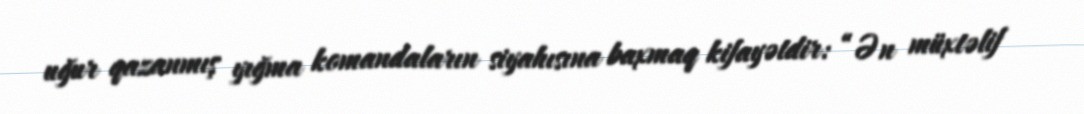
uğur qazanmış yığma komandaların siyahısına baxmaq kifayətdir: “Ən müxtəlif